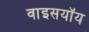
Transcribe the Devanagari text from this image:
वाइसयॉय